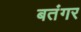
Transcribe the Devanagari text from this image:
बतंगर